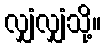
လျှံလျှံသို့။